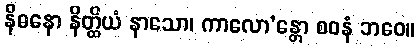
နိဓနော နိတ္ထိယံ နာသော၊ ကာလော’န္တော စဝနံ ဘဝေ။